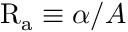
\mathrm { R _ { a } } \equiv \alpha / A